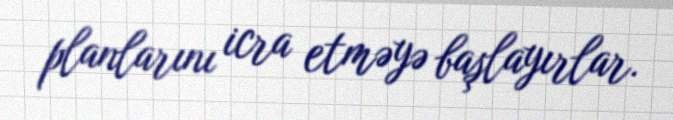
planlarını icra etməyə başlayırlar.